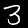
Digit: 3